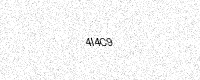
Text: 4I4C9